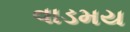
વાડમય